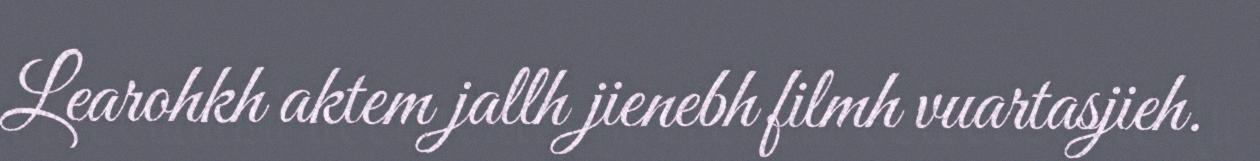
Learohkh aktem jallh jienebh filmh vuartasjieh.